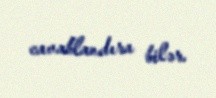
cavablandıra bilər.